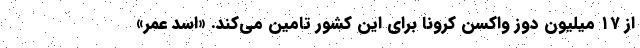
از ۱۷ میلیون دوز واکسن کرونا برای این کشور تامین می‌کند. «اسد عمر»